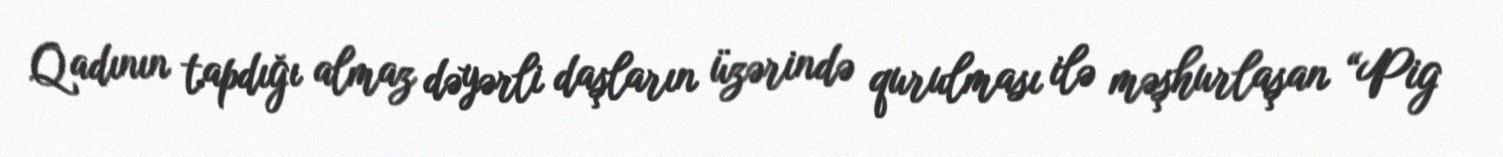
Qadının tapdığı almaz dəyərli daşların üzərində qurulması ilə məşhurlaşan “Pig